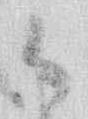
御